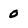
Character: 0